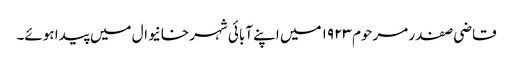
قاضی صفدر مرحوم ۱۹۲۳ میں اپنے آبائی شہر خانیوال میں پیدا ہوئے۔